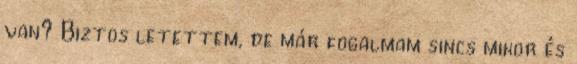
van? Biztos letettem, de már fogalmam sincs mikor és